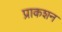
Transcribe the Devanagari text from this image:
प्राकशन